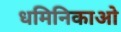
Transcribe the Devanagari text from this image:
धमिनिकाओ